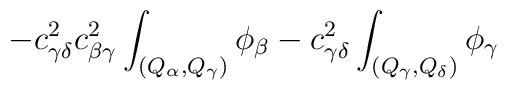
-c_{\gamma\delta}^2c_{\beta\gamma}^2\int_{(Q_\alpha ,Q_\gamma )}\phi_\beta-c_{\gamma\delta}^2\int_{(Q_\gamma ,Q_\delta )}\phi_\gamma